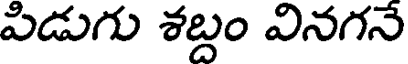
పిడుగు శబ్దం వినగనే